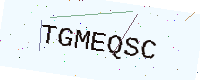
Text: TGMEQSC